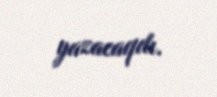
yazacaqdı.